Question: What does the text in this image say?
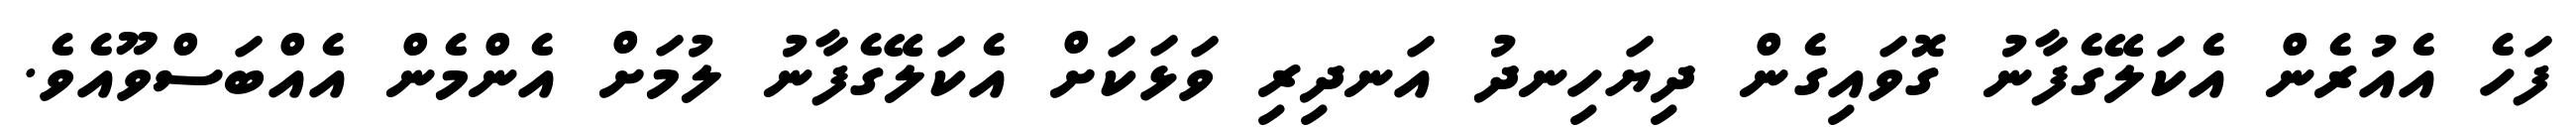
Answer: ފަހެ އެއުރެން އެކަލޭގެފާނު ގޮވައިގެން ދިޔަހިނދު އަނދިރި ވަޅަކަށް އެކަލޭގެފާނު ލުމަށް އެންމެން އެއްބަސްވޫއެވެ.